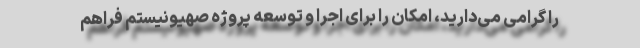
را گرامی می‌دارید، امکان را برای اجرا و توسعه پروژه صهیونیستم فراهم